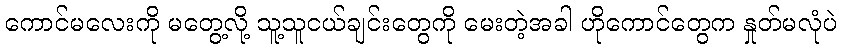
ကောင်မလေးကို မတွေ့လို့ သူ့သူငယ်ချင်းတွေကို မေးတဲ့အခါ ဟိုကောင်တွေက နှုတ်မလုံပဲ